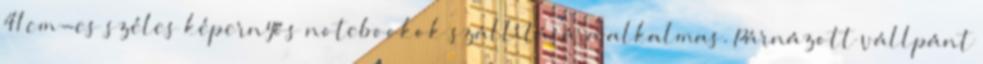
41 cm-es széles képernyős notebookok szállítására alkalmas. Párnázott vállpánt